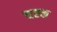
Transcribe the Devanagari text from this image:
चह्क